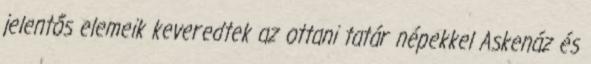
jelentős elemeik keveredtek az ottani tatár népekkel Askenáz és